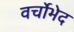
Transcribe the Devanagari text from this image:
वर्चोभेद